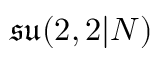
{ \mathfrak { s u } } ( 2 , 2 | N )